Senior Leaving Certificate Examination (including Day School Certificate (Higher) General paper), 1949
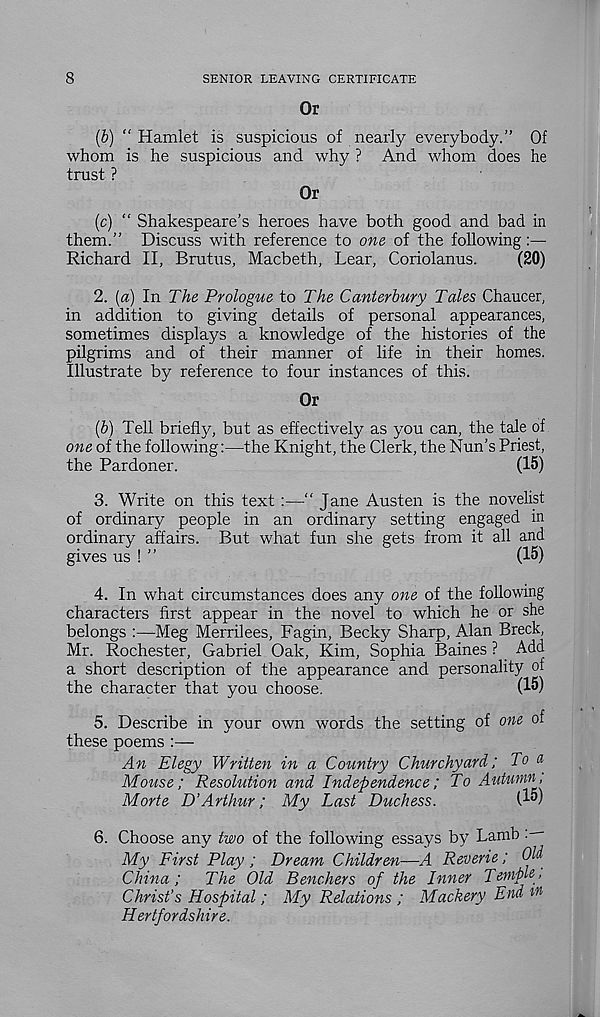
8
SENIOR LEAVING CERTIFICATE
Or
(b) “Hamlet is suspicious of nearly everybody.'’ Of
whom is he suspicious and why ? And whom does he
trust ?
Or
(c) “ Shakespeare’s heroes have both good and bad in
them.” Discuss with reference to one of the following:—
Richard II, Brutus, Macbeth, Lear, Coriolanus.
(20)
2. {a) In The Prologue to The Canterbury Tales Chaucer,
in addition to giving details of personal appearances,
sometimes displays a knowledge of the histories of the
pilgrims and of their manner of life in their homes.
Illustrate by reference to four instances of this.
Or
(5) Tell briefly, but as effectively as you can, the tale of
one of the following:—the Knight, the Clerk, the Nun’s Priest,
the Pardoner.
(15)
3. Write on this text :—“ Jane Austen is the novelist
of ordinary people in an ordinary setting engaged in
ordinary affairs. But what fun she gets from it all and
gives us ! ”
(15)
4. In what circumstances does any one of the following
characters first appear in the novel to which he or she
belongs :—Meg Merrilees, Fagin, Becky Sharp, Alan Breck,
Mr. Rochester, Gabriel Oak, Kim, Sophia Baines ? Add
a short description of the appearance and personality of
the character that you choose.
(15)
5. Describe in your own words the setting of one of
these poems :—
An Elegy Written in a Country Churchyard; To a
Mouse; Resolution and Independence; To Autumn,
Morte D’Arthur; My Last Duchess.
(1°)
6. Choose any two of the following essays by Lamb
My First Play ; Dream Children—A Reverie; Old
China;
The Old Benchers of the Inner Temple,
Christ’s Hospital ; My Relations ; Mackery End M
Hertfordshire.